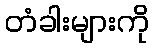
တံခါးများကို